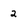
Character: 2